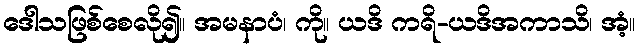
ဒေါသဖြစ်စေလို၍။ အမနာပံ၊ ကို။ ယဒိ ကရိ-ယဒိအကာသိ၊ အံ့။